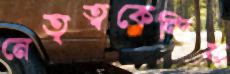
নেতৃত্বকেন্দ্রিক